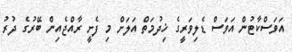
އަވަސްކާޓުން އަވަސް ޑެލިވަރީގެ ޚިދުމަތް އަލަށް މި ފެށީ ރާއްޖެއިން ބޭރުގެ ދުރު